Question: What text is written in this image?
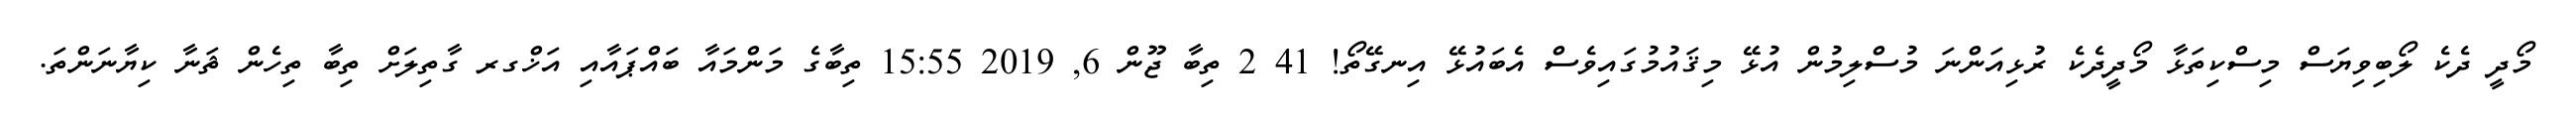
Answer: މޯދީ ދެކެ ލޯބިވިޔަސް މިސްކިތަޅާ މޯދީދެކެ ރުޅިއަންނަ މުސްލިމުން އުޅޭ މިޤައުމުގައިވެސް އެބައުޅޭ އިނގޭތޯ! 41 2 ތިބާ ޖޫން 6, 2019 15:55 ތިބާގެ މަންމައާ ބައްޕައާއި އަޚްގރ ގާތިލަށް ތިބާ ތިހެން ޘަނާ ކިޔާނަންތަ.